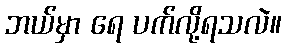
ဘယ်မှာ ရေ ပက်လို့ရသလဲ။